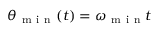
\theta _ { \mathrm { ~ m ~ i ~ n ~ } } ( t ) = \omega _ { \mathrm { ~ m ~ i ~ n ~ } } t